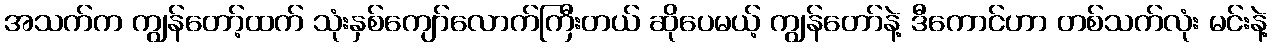
အသက်က ကျွန်တော့်ထက် သုံးနှစ်ကျော်လောက်ကြီးတယ် ဆိုပေမယ့် ကျွန်တော်နဲ့ ဒီကောင်ဟာ တစ်သက်လုံး မင်းနဲ့